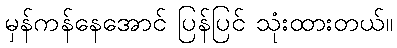
မှန်ကန်နေအောင် ပြန်ပြင် သုံးထားတယ်။